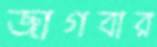
জাগবার